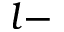
l -